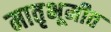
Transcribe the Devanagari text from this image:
मातृभूमीत